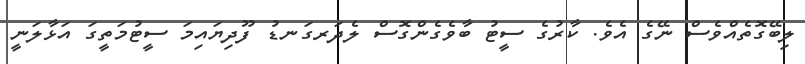
ލިބޭގޮތެއްވެސް ނޭގެ އެވެ. ކާރުގެ ސީޓު ބާވެގެންގޮސް ލެދަރގަނޑު ފޫދިޔައިމަ ސީޓުމަތީގަ އަޅާލަނީ